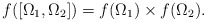
\begin{align*} f([\Omega_1,\Omega_2])=f(\Omega_1)\times f(\Omega_2).\end{align*}